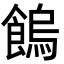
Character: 𩝷